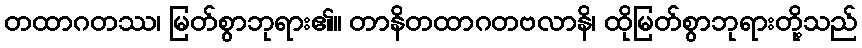
တထာဂတဿ၊ မြတ်စွာဘုရား၏။ တာနိတထာဂတဗလာနိ၊ ထိုမြတ်စွာဘုရားတို့သည်